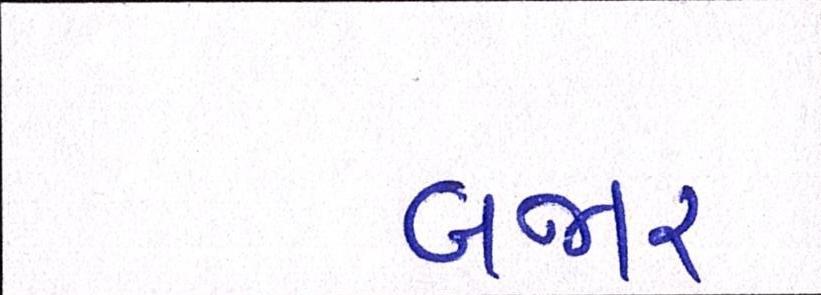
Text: બજાર